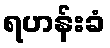
ရဟန်းခံ